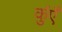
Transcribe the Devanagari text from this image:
कुंएँ